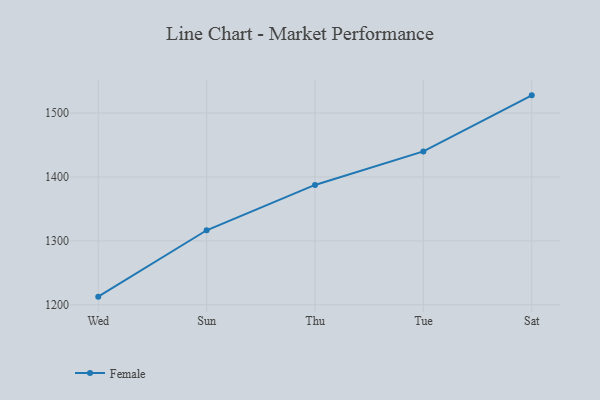
{"axis": {"x": "Day", "y": "Latency (ms)"}, "legend": ["Female"], "data": [{"x": "Wed", "y": 1212.8, "type": "Female"}, {"x": "Sun", "y": 1316.6, "type": "Female"}, {"x": "Thu", "y": 1387.5, "type": "Female"}, {"x": "Tue", "y": 1439.9, "type": "Female"}, {"x": "Sat", "y": 1527.6, "type": "Female"}]}